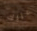
عليك